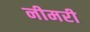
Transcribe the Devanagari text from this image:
नीमरी